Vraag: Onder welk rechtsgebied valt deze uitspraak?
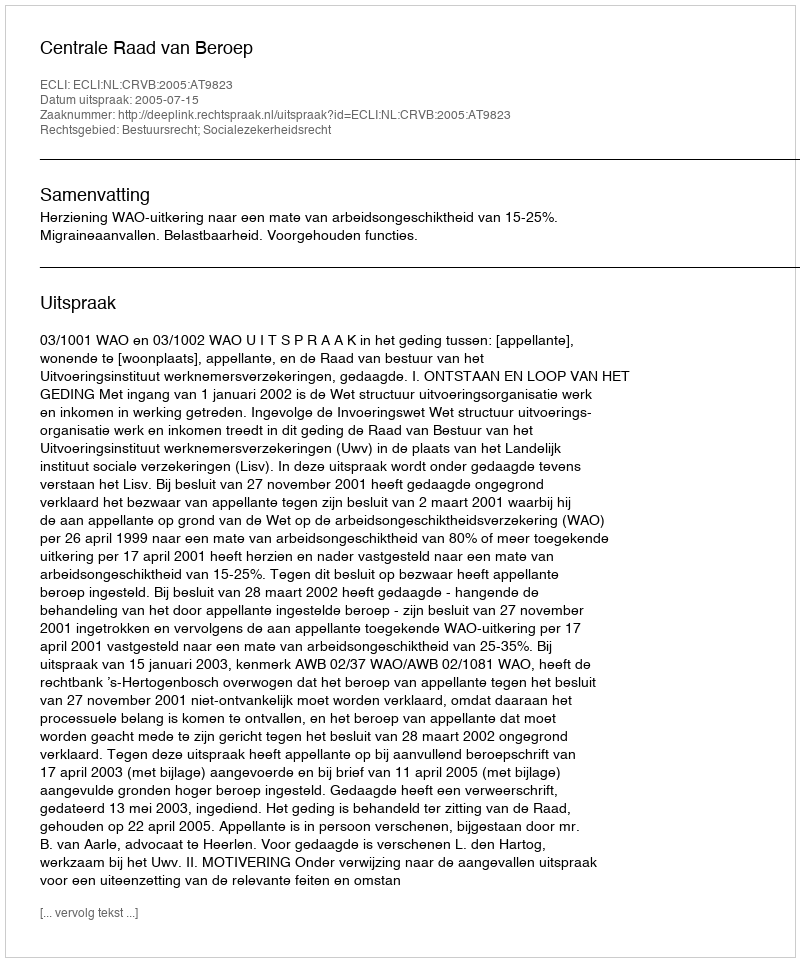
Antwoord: Bestuursrecht; Socialezekerheidsrecht